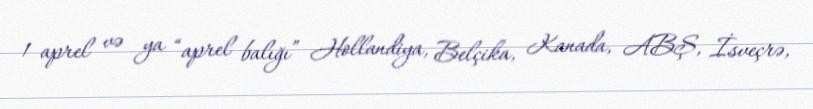
1 aprel və ya “aprel balığı” Hollandiya, Belçika, Kanada, ABŞ, İsveçrə,